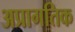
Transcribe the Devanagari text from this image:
अप्रागतिक